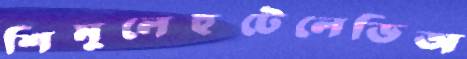
শিমুলেহুটেলেডিঅ